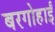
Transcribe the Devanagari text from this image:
बरगोहाईं